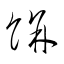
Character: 餅